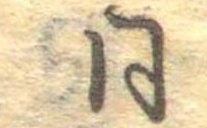
同